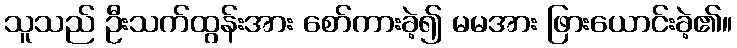
သူသည် ဦးသက်ထွန်းအား စော်ကားခဲ့၍ မမအား ဖြားယောင်းခဲ့၏။